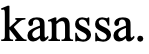
kanssa.